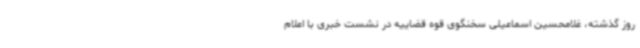
روز گذشته، غلامحسین اسماعیلی سخنگوی قوه قضاییه در نشست خبری با اعلام